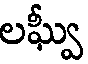
లఘ్వీ